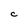
Character: C